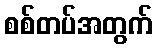
စစ်တပ်အတွက်